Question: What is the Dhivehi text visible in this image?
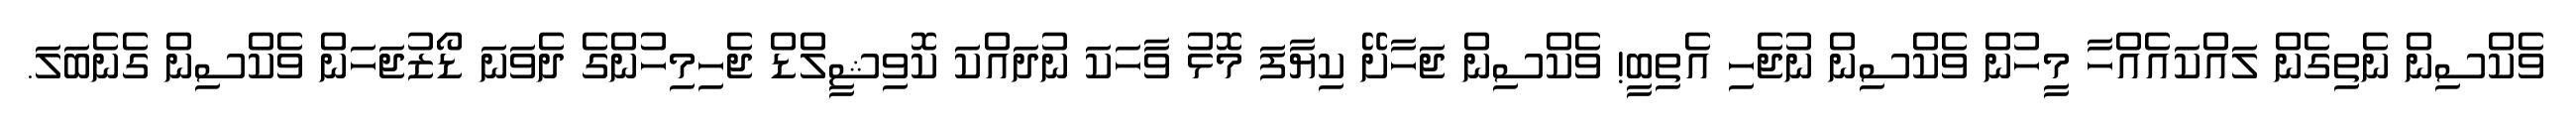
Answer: ވެކްސިން ނެތިގެން ލައްކައެއްހާ މީހުން ވެކްސިން ނުޖެހި އެތިބީ! ވެކްސިން ޖަހާށޭ ކިޔާފަ މޮޅު ވާހަކަ ނުދައްކަ ކޮވިޝީލްޑް ޖެހިމިހުންގެ ދެވަނަ ޑޯޒުޖަހަން ވެކްސިން ގެނެބަލަ.